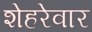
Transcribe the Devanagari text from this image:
शेहरेवार